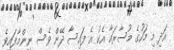
އަދި މި މަހުގެ މުސާރައާ އެކު އެ ފައިސާ ދޭން ވެސް ނިންމާފައިވެ